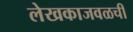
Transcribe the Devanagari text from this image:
लेखकाजवळची